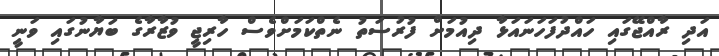
އަދި ރާއްޖޭގައި ހައްދުފަަހަނައަޅާ ދިއުމަށް ފުރުސަތު ނެތްކަމަށްވެސް ހާރިޖީ ވުޒާރާގެ ބަޔާނުގައި ވަނީ